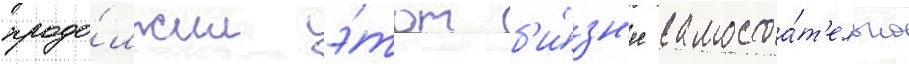
продо́лжил э́тот б'и́зн'ес самостоа́т'ельно